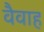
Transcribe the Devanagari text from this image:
वैवाह